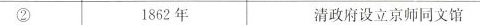
② 1862年 清政府设立京师同文馆